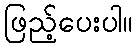
ဖြည့်ပေးပါ။